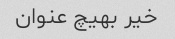
خیر بهیچ عنوان